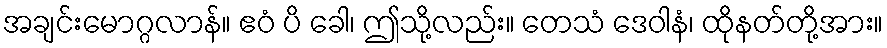
အချင်းမောဂ္ဂလာန်။ ဧဝံ ပိ ခေါ၊ ဤသို့လည်း။ တေသံ ဒေဝါနံ၊ ထိုနတ်တို့အား။